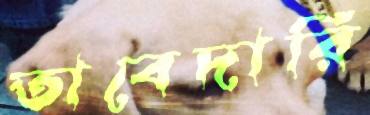
তাবেদারি